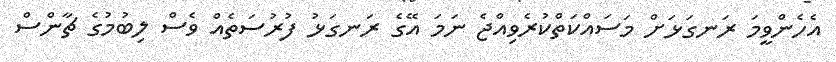
އެހެންވީމަ ރަނގަޅަށް މަސައްކަތްކުރެވިއްޖެ ނަމަ އޭގެ ރަނގަޅު ފުރުސަތެއް ވެސް ލިބުމުގެ ޗާންސް